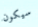
سيكون